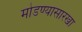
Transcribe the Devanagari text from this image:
मोडण्यासारखा